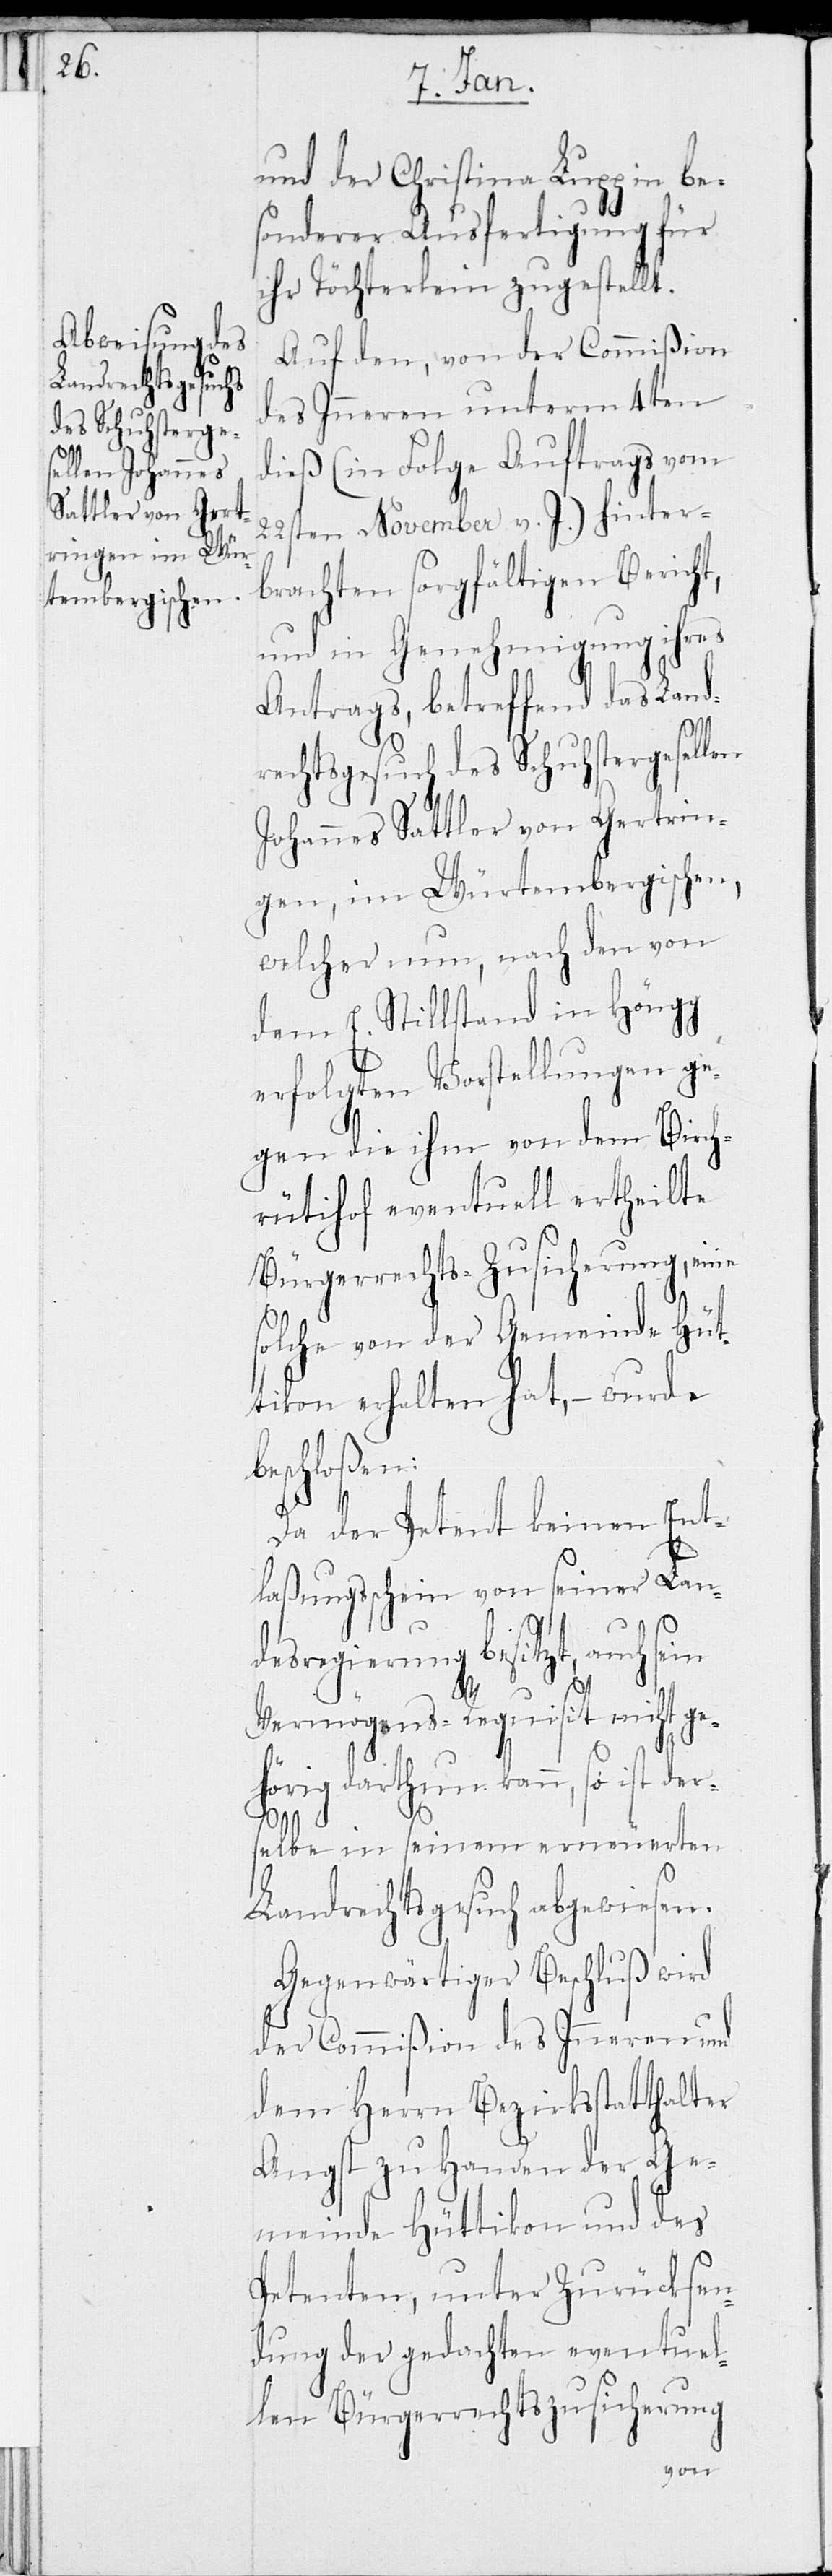
und der Christina Lupp in be¬
sonderer Ausfertigung für
ihr Töchterlein zugestellt.
Auf den, von der Commißion
des Inneren unterm 4ten
dieß (in Folge Auftrags vom
22sten November v. J.) hinter¬
brachten sorgfältigen Bericht,
und in Genehmigung ihres
Antrags, betreffend das Land¬
rechtsgesuch des Schuhstergesellen
Johannes Sattler von Gertrin¬
gen, im Würtembergischen,
welcher nun, nach den von
dem E. Stillstand in Höngg
erfolgten Vorstellungen ge¬
gen die ihm von dem Birch¬
rütihof eventuell ertheilte
Bürgerrechts-Zusicherung, eine
solche von der Gemeinde Hüt¬
tikon erhalten hat, – wurde
beschloßen:
Da der Petent keinen Ent¬
laßungsschein von seiner Lan¬
desregierung besitzt, auch se¬
Vermögens-Requisit nicht ge¬
hörig darthun kann, so ist der¬
selbe in seinem erneuerten
Landrechtsgesuch abgewiesen.
Gegenwärtiger Beschluß wird
der Commißion des Inneren und
dem Herrn Bezirksstatthalter
Angst zu Handen der Ge¬
meinde Hüttikon und des
Petenten, unter Zurücksen¬
dung der gedachten eventuel¬
len Bürgerrechtszusicherung
in